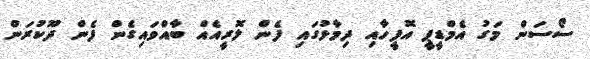
ސޯސަން މަގު އެމްޑީޕީ އޮފީހާއި ދިމާޅުގައި ފެން ލޮރީއެއް ބާއްވައިގެން ފެން ދޫކުރަން